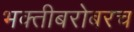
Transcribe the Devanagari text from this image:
भक्तीबरोबरच